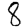
Digit: 8